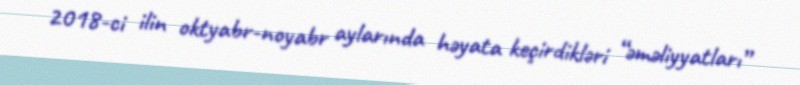
2018-ci ilin oktyabr-noyabr aylarında həyata keçirdikləri “əməliyyatları”